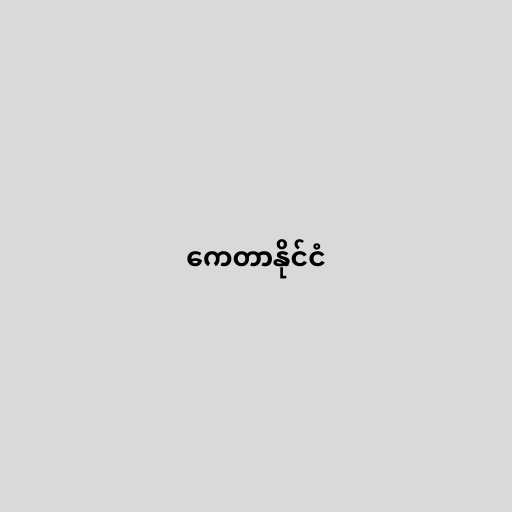
ကေတာနိုင်ငံ